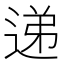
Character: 递